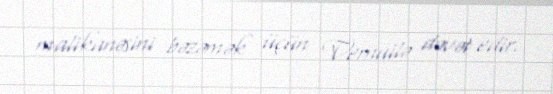
malikanəsini bəzəmək üçün Vernuilə dəvət edir.